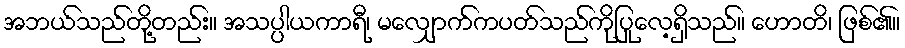
အဘယ်သည်တို့တည်း။ အသပ္ပါယကာရီ၊ မလျှောက်ကပတ်သည်ကိုပြုလေ့ရှိသည်။ ဟောတိ၊ ဖြစ်၏။